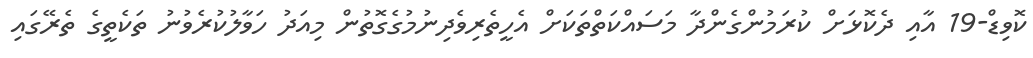
ކޮވިޑް-19 އާއި ދެކޮޅަށް ކުރަމުންގެންދާ މަސައްކަތްތަކަށް އެހީތެރިވެދިނުމުގެގޮތުން މިއަދު ހަވާލުކުރެވުނު ތަކެތީގެ ތެރޭގައި